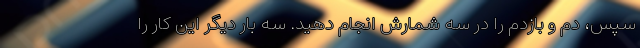
سپس، دم و بازدم را در سه شمارش انجام دهید. سه بار دیگر این کار را